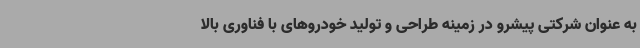
به عنوان شرکتی پیشرو در زمینه طراحی و تولید خودروهای با فناوری بالا